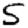
Digit: 5